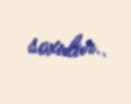
soxulur..